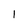
Character: 1